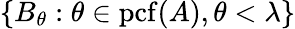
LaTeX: \{ B_{\theta}:\theta\in\mathrm{{pcf}}(A),\theta<\lambda\}